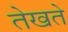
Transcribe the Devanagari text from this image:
तेखते